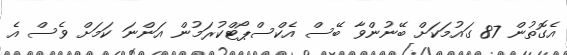
އެގޮތުން 87 ގައުމަކަށް ބޭނުންވާ ބޭސް އެކްސްޕޯޓްކުރަމުން އަންނަ ކަމަށް ވެސް އެ